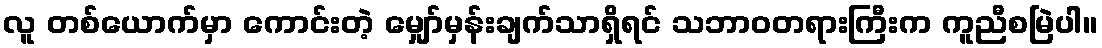
လူ တစ်ယောက်မှာ ကောင်းတဲ့ မျှော်မှန်းချက်သာရှိရင် သဘာဝတရားကြီးက ကူညီစမြဲပါ။